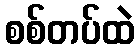
စစ်တပ်ထဲ